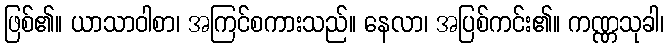
ဖြစ်၏။ ယာသာဝါစာ၊ အကြင်စကားသည်။ နေလာ၊ အပြစ်ကင်း၏။ ကဏ္ဏသုခါ၊